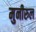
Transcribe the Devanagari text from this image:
मुनीरुल